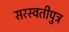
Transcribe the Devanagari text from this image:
सरस्वतीपुत्र